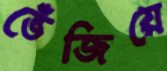
ভেঁজিয়ে